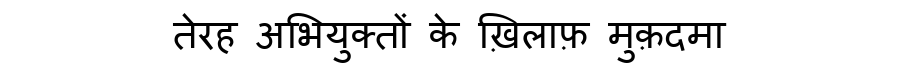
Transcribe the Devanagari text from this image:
तेरह अभियुक्तों के ख़िलाफ़ मुक़दमा